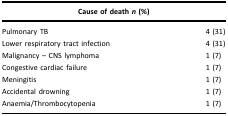
| <COLSPAN=2> Cause of death n (%) |
 | --- | --- |
 | Pulmonary TB | 4 (31) |
 | Lower respiratory tract infection | 4 (31) |
 | Malignancy – CNS lymphoma | 1 (7) |
 | Congestive cardiac failure | 1 (7) |
 | Meningitis | 1 (7) |
 | Accidental drowning | 1 (7) |
 | Anaemia/Thrombocytopenia | 1 (7) |